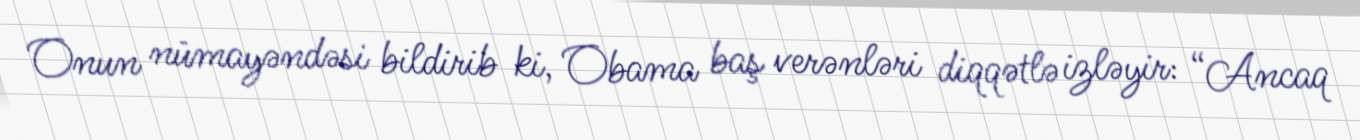
Onun nümayəndəsi bildirib ki, Obama baş verənləri diqqətlə izləyir: “Ancaq